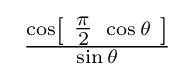
{\textstyle \ {\frac {\cos \left[\ {\tfrac {\pi }{2}}\ \cos \theta \ \right]}{\sin \theta }}\ }